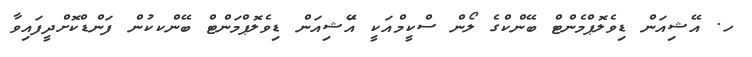
ހ. އޭޝިއަން ޑިވެލޮޕްމެންޓް ބޭންކްގެ ލޯން ސްކީމްއަކީ އޭަޝިއަން ޑިވެލޮޕްމަންޓް ބޭންކކުން ފަންޑްކޮށްދީފައިވާ